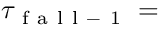
\tau _ { \mathrm { ~ f ~ a ~ l ~ l ~ - ~ 1 ~ } } =